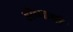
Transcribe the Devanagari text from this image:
हीच्याशी